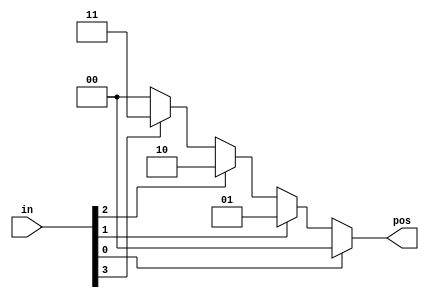
module top_module (
  input [3:0] in,
  output reg [1:0] pos);
    
  always @(*) begin
      
    if (in[0] == 1)
      pos = 2'b00;
    else if (in[1] == 1)
      pos = 2'b01;
    else if (in[2] == 1)
      pos = 2'b10;
    else if (in[3] == 1)
      pos = 2'b11;
    else
      pos = 2'b00;
          
  end

endmodule